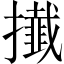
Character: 㩥